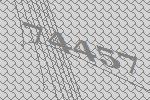
74457